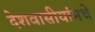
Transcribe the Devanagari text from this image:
देशवासीयांमधे